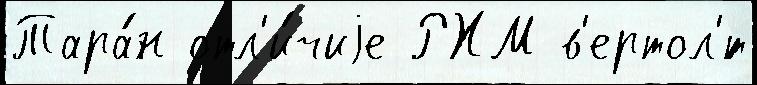
Тара́н отл'и́чиjе РХМ в'ертол'́т